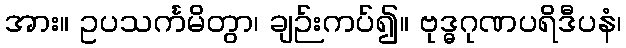
အား။ ဥပသင်္ကမိတွာ၊ ချဉ်းကပ်၍။ ဗုဒ္ဓဂုဏပရိဒီပနံ၊